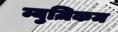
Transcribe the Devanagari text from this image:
म्युज़िकम